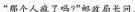
“那个人疯了吗?”邮政局长问。